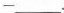
-___.